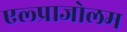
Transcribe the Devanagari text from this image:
एल्प्राजोलम